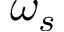
\omega _ { s }